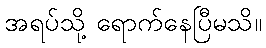
အရပ်သို့ ရောက်နေပြီမသိ။